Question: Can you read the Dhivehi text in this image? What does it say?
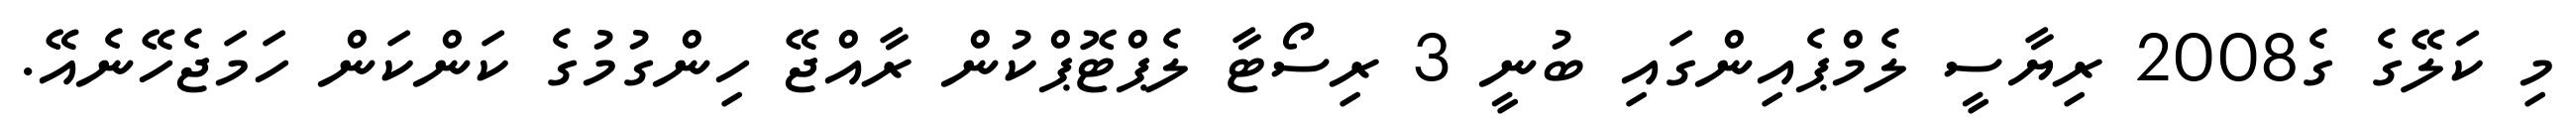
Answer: މި ކަލޭގެ ގެ2008 ރިޔާސީ ލެމްޕެއިންގައި ބުނީ 3 ރިސޯޓާ ލެޕްޓޮޕްކުން ރާއްޖޭ ހިންގުމުގެ ކަންކަން ހަމަޖެހޭނެއޭ.